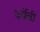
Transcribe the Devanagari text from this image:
बर्वेची